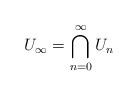
\begin{align*}U_\infty=\bigcap_{n=0}^\infty U_n\end{align*}